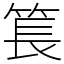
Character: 𥮲